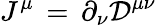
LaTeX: J^{\mu}\, =\, \partial_{\nu}{\mathcal{D}}^{\mu\nu}